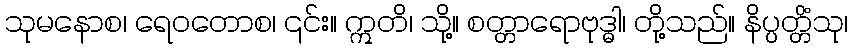
သုမနောစ၊ ရေဝတောစ၊ ၎င်း။ ဣတိ၊ သို့။ စတ္တာရောဗုဒ္ဓါ၊ တို့သည်။ နိပ္ပတ္တိံသု၊